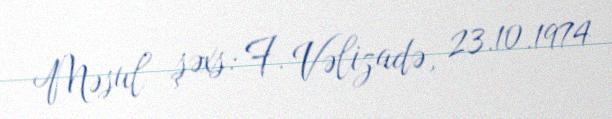
Məsul şəxs: F. Vəlizadə, 23.10.1974